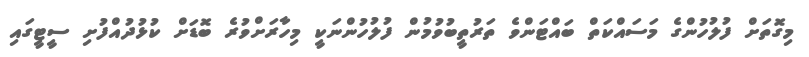
މިގޮތަށް ފުލުހުންގެ މަސައްކަތް ބައްޓަންވެ ތަރުތީބުވުމުން ފުލުހުންނަކީ މިހާރަށްވުރެ ބޮޑަށް ކުޅުދުއްފުށި ސީޓީގައި